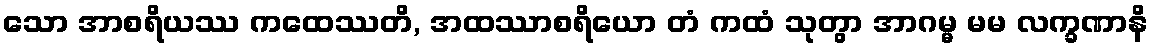
သော အာစရိယဿ ကထေဿတိ, အထဿာစရိယော တံ ကထံ သုတွာ အာဂမ္မ မမ လက္ခဏာနိ